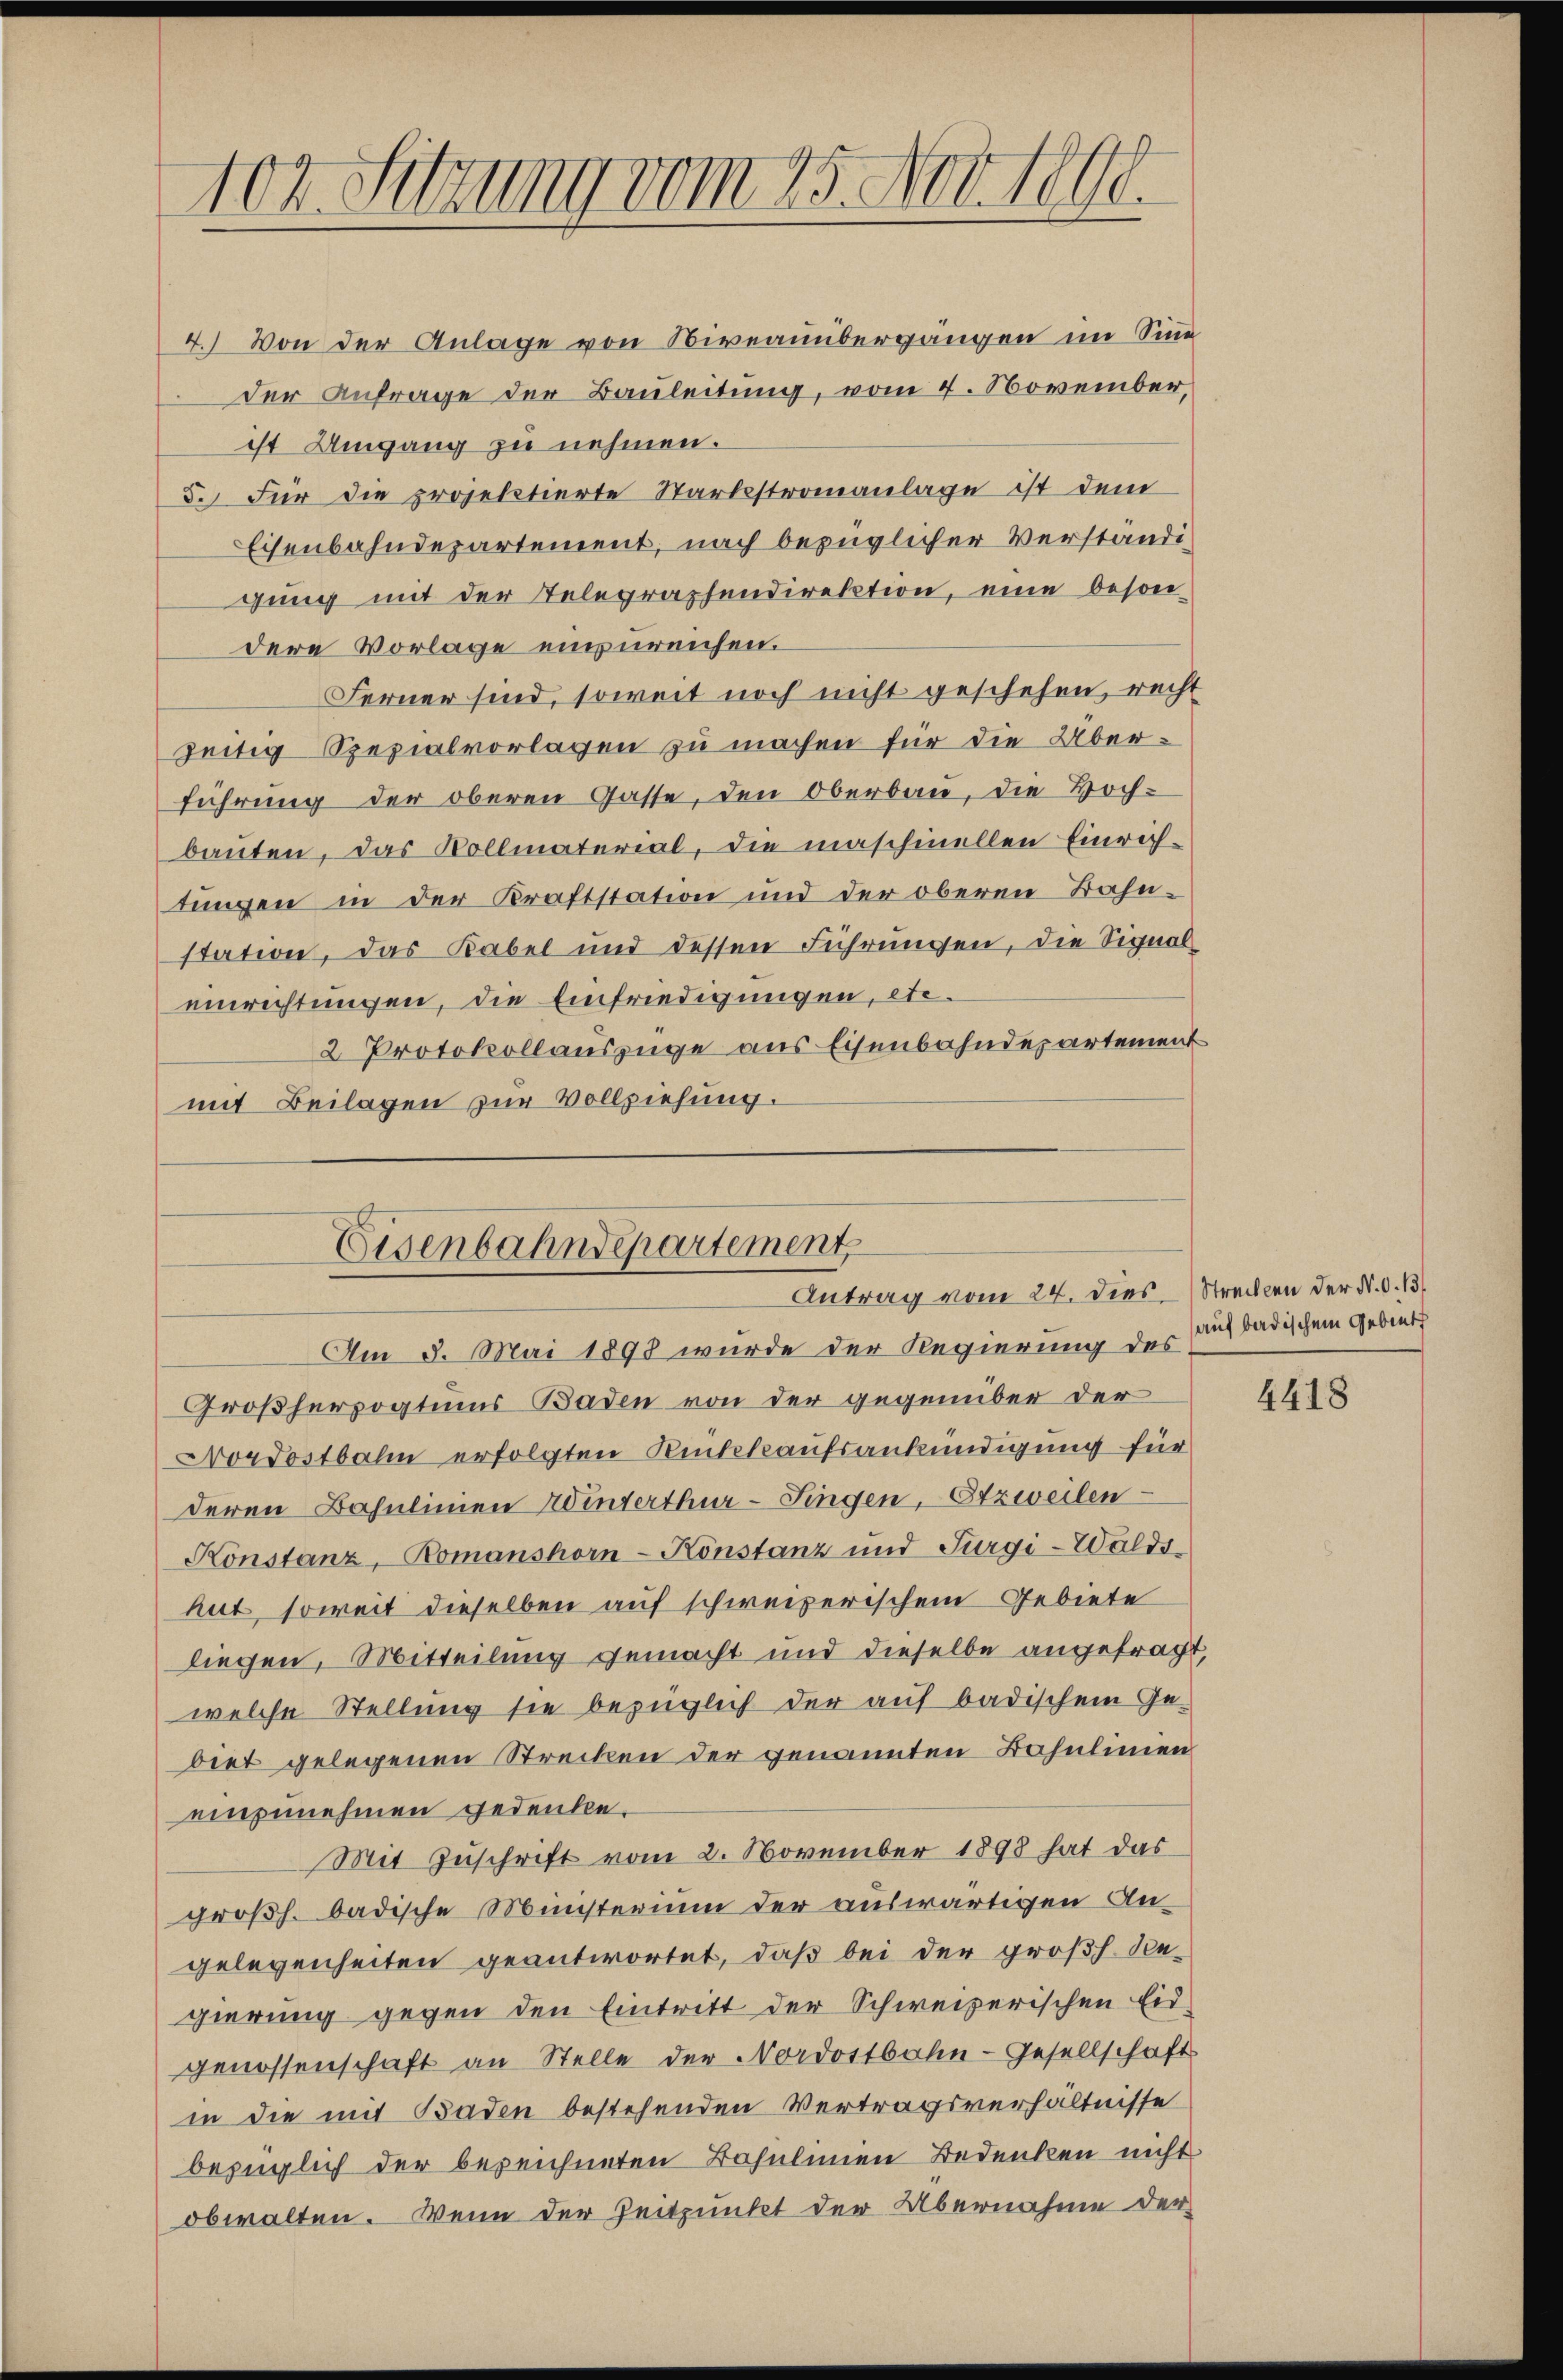
102. Setzung vom 25. Nov. 1890.

4.) Von der Anlage von Niveauübergängen im Sinn
Der Anfrage der Bauleitung, vom 4. November,
ist Umgang zu nehmen.
5. Für die projektierte Starbestromanlage ist dem
Eisenbahndepartement, nach bezüglicher Verständigung mit der Telegraphendirektion, eine beson
dere Vorlage einzureichen.
Ferner sind, soweit noch nicht geschehen, recht
zeitig Spezialvorlagen zu machen für die Überführung der oberen Gasse, den Oberbau, die Hoch-
bauten, das Vollmaterial, die maschinellen Einrich-
tungen in der Kraftstation und der oberen Bahnstation, das Kabel und dessen Führungen, die Signal-
einrichtungen, die Einfriedigungen, etc.
2 Protokollauszüge aus Eisenbahndepartement
mit Beilagen zur Vollziehung.

Eisenbahndepartement
Antrag vom 24. dies Strecken der N. O. 13.

Am 5. Mai 1898 wurde der Regierung des aufbadischem Gebiets
Großherzogtums Baden von der gegenüber der
Nordostbahn erfolgten Rückkaufsankündigung für
deren Bahnlinien Winterthur-Fingen, Etzweilen
Konstanz, Romanshorn-Konstanz und Furgi-Waldshut soweit dieselben auf schweizerischem Gebiete
liegen, Mitteilung gemacht und dieselbe angetracht,
welche Stellung sie bezüglich der auf badischem Ge-
biet gelegenen Strecken der genannten Bahnlinien
einzunehmen gedeuten.
Mit Zuschrift vom 2. November 1898 hat das
großh. badische Ministerium der auswärtigen Angelegenheiten geantwortet, daß bei der großh. Seegierung gegen den Eintritt der Schweizerischen Eid-
genossenschaft an Stelle der Nordostbahn-Gesellschaft
in die mit Baden bestehenden Vertragsverhältnisse
bezüglich der bezeichneten Bohulinen Bedenken nicht
obwalten. Wenn der Zeitpunkt der Übernahme der

4418